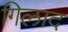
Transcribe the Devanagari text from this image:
गिलाद